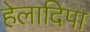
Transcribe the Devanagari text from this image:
हेलादिपा